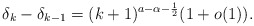
\begin{align*}\delta_k - \delta_{k-1}= (k+1)^{a-\alpha-\frac{1}{2}} ( 1 +o(1)).\end{align*}